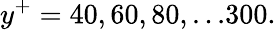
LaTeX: y^{+}=40,60,80,...300.